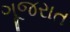
ગૂજરાત